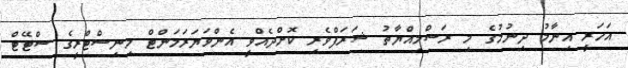
އަހަރީ އިނާމު ދިނުމުގެ މި ރަސްމިއްޔާތު ޝަރަފްވެރި ކޮށްދެއްވީ އެންވަޔަރަމަންޓް މިނިސްޓްރީގެ ސްޓޭޓް